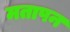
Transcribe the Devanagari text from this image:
मतापन